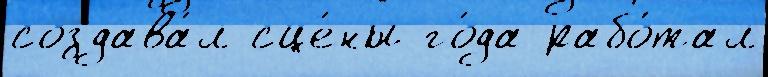
создава́л сце́ны го́да рабо́тал